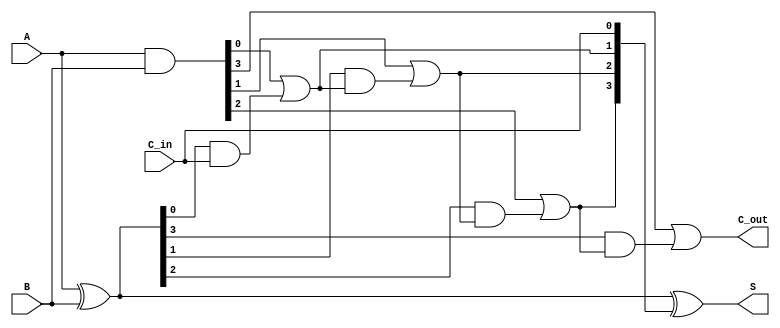
module CarryLookaheadAdder #(parameter n = 4) (
    input [n-1:0] A,        // First n-bit input
    input [n-1:0] B,        // Second n-bit input
    input C_in,             // Carry input
    output [n-1:0] S,       // n-bit sum output
    output C_out            // Carry output
);

    // Generate and Propagate signals
    wire [n-1:0] G; // Generate signals
    wire [n-1:0] P; // Propagate signals
    wire [n:0] C;   // Carry signals

    // Generate and Propagate logic
    assign G = A & B;            // G[i] = A[i] & B[i]
    assign P = A ^ B;            // P[i] = A[i] ^ B[i]

    // Carry signals calculation
    assign C[0] = C_in;          // C[0] = C_in
    genvar i;
    generate
        for (i = 0; i < n; i = i + 1) begin : carry_logic
            if (i == 0) begin
                assign C[i + 1] = G[i] | (P[i] & C[i]); // C[1] = G[0] + (P[0] * C[0])
            end else begin
                assign C[i + 1] = G[i] | (P[i] & C[i]); // C[i+1] = G[i] + (P[i] * C[i])
            end
        end
    endgenerate

    // Sum calculation
    assign S = P ^ C[n-1:0]; // S[i] = P[i] ^ C[i]

    // Carry out
    assign C_out = C[n]; // C_out = C[n]

endmodule